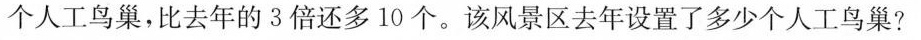
个人工鸟巢，比去年的3倍还多10个。该风景区去年设置了多少个人工鸟巢?